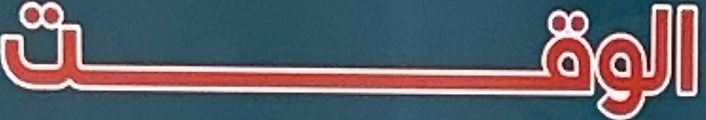
الوقت